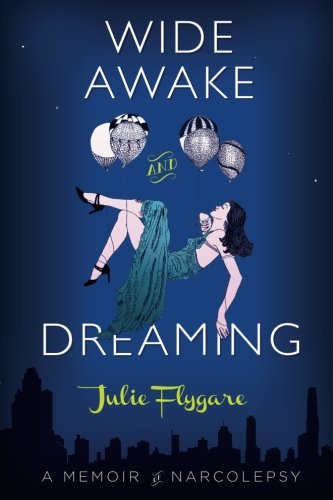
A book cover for Wide Awake and Dreaming: A Memoir of Narcolepsy; Julie Flygare; Health, Fitness & Dieting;